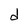
Character: d